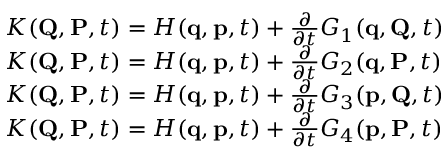
{ \begin{array} { r l } & { K ( \mathbf { Q } , \mathbf { P } , t ) = H ( \mathbf { q } , \mathbf { p } , t ) + { \frac { \partial } { \partial t } } G _ { 1 } ( \mathbf { q } , \mathbf { Q } , t ) } \\ & { K ( \mathbf { Q } , \mathbf { P } , t ) = H ( \mathbf { q } , \mathbf { p } , t ) + { \frac { \partial } { \partial t } } G _ { 2 } ( \mathbf { q } , \mathbf { P } , t ) } \\ & { K ( \mathbf { Q } , \mathbf { P } , t ) = H ( \mathbf { q } , \mathbf { p } , t ) + { \frac { \partial } { \partial t } } G _ { 3 } ( \mathbf { p } , \mathbf { Q } , t ) } \\ & { K ( \mathbf { Q } , \mathbf { P } , t ) = H ( \mathbf { q } , \mathbf { p } , t ) + { \frac { \partial } { \partial t } } G _ { 4 } ( \mathbf { p } , \mathbf { P } , t ) } \end{array} }